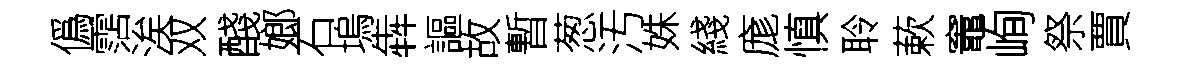
僞霑涘双醆嫏石塢犇謳故暫葱汚姝綫庬慎聆蔌竈峋祭賈